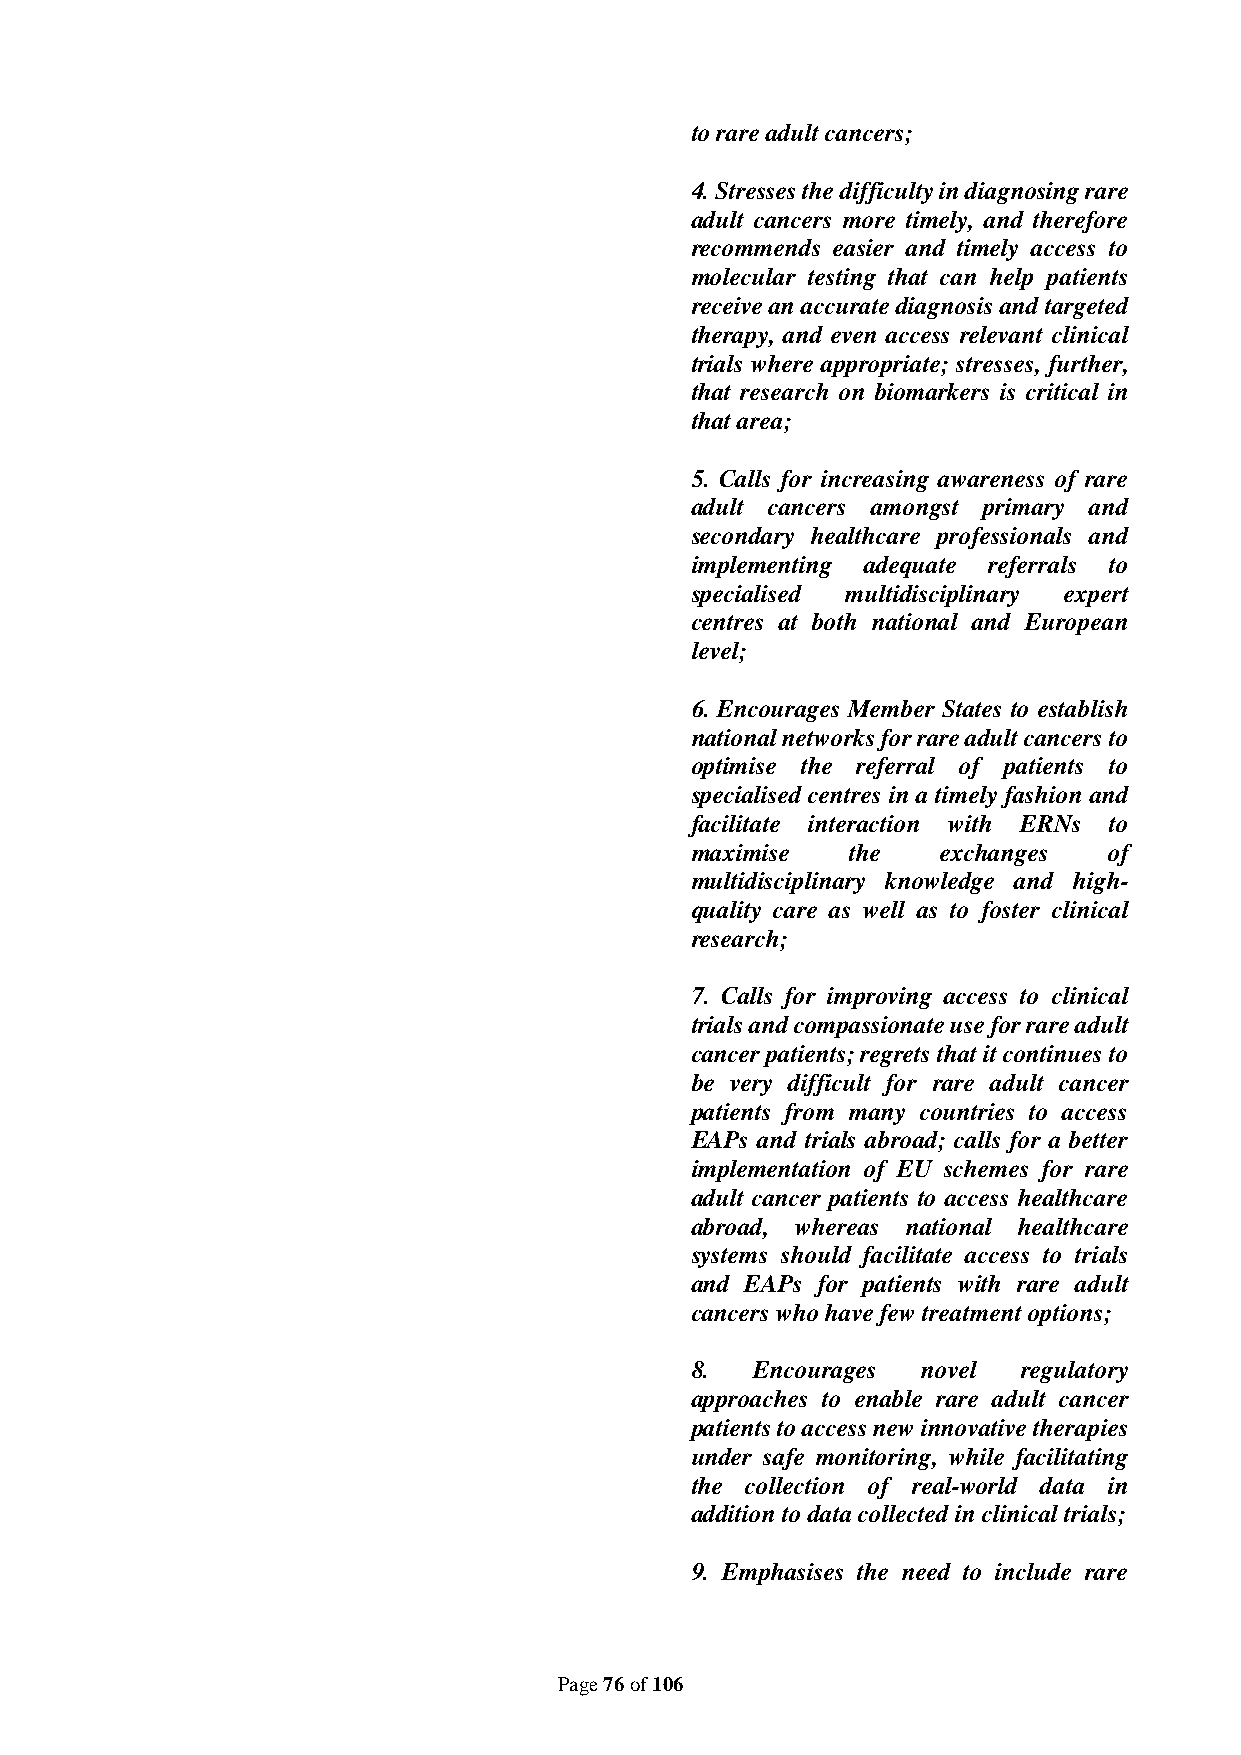
to rare adult cancers;
 4. Stresses the difficulty in diagnosing rare
 adult cancers more timely, and therefore
 recommends easier and timely access to
 molecular testing that can help patients
 receive an accurate diagnosis and targeted
 therapy, and even access relevant clinical
 trials where appropriate; stresses, further,
 that research on biomarkers is critical in
 that area;
 5. Calls for increasing awareness of rare
 adult cancers amongst primary and
 secondary healthcare professionals and
 implementing adequate referrals to
 specialised multidisciplinary expert
 centres at both national and European
 level;
 6. Encourages Member States to establish
 national networks for rare adult cancers to
 optimise the referral of patients to
 specialised centres in a timely fashion and
 facilitate interaction with ERNs to
 maximise  the   exchanges  of
 multidisciplinary knowledge and high-
 quality care as well as to foster clinical
 research;
 7. Calls for improving access to clinical
 trials and compassionate use for rare adult
 cancer patients; regrets that it continues to
 be very difficult for rare adult cancer
 patients from many countries to access
 EAPs and trials abroad; calls for a better
 implementation of EU schemes for rare
 adult cancer patients to access healthcare
 abroad, whereas national healthcare
 systems should facilitate access to trials
 and EAPs for patients with rare adult
 cancers who have few treatment options;
 8.  Encourages novel  regulatory
 approaches to enable rare adult cancer
 patients to access new innovative therapies
 under safe monitoring, while facilitating
 the collection of real-world data in
 addition to data collected in clinical trials;
 9. Emphasises the need to include rare
 Page 76 of 106